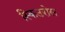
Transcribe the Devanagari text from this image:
स्किउरोस